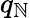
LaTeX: q_{\mathbb{N}}